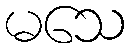
မသေ